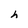
Character: h